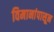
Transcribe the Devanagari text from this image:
विमानांपासून